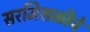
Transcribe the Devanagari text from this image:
सरमिसळीचे